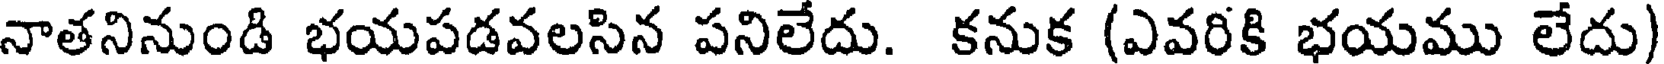
నాతనినుండి భయపడవలసిన పనిలేదు. కనుక (ఎవరికి భయము లేదు)